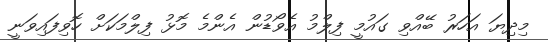
މިދިޔަ އަހަރު ބޭއްވި ގައުމީ ފިލްމު އެވޯޑުން އެންމެ މޮޅު ފިލްމަކަށް ހޮވިފައިވަނީ